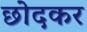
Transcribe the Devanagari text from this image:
छोदकर